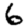
Digit: 6